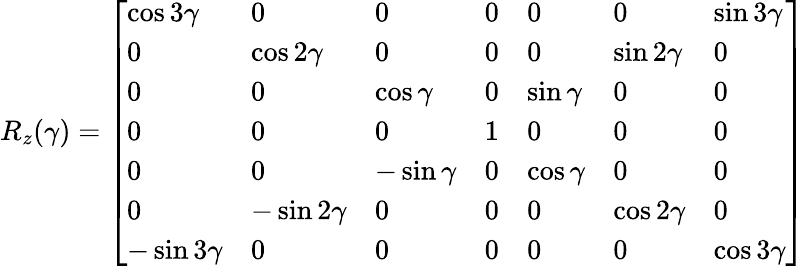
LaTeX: R_{z}(\gamma)=\left[\begin{array}{lllllll}{\cos 3\gamma}&{0}&{0}&{0}&{0}&{0}&{\sin 3\gamma}\\ {0}&{\cos 2\gamma}&{0}&{0}&{0}&{\sin 2\gamma}&{0}\\ {0}&{0}&{\cos\gamma}&{0}&{\sin\gamma}&{0}&{0}\\ {0}&{0}&{0}&{1}&{0}&{0}&{0}\\ {0}&{0}&{-\sin\gamma}&{0}&{\cos\gamma}&{0}&{0}\\ {0}&{-\sin 2\gamma}&{0}&{0}&{0}&{\cos 2\gamma}&{0}\\ {-\sin 3\gamma}&{0}&{0}&{0}&{0}&{0}&{\cos 3\gamma}\end{array}\right]